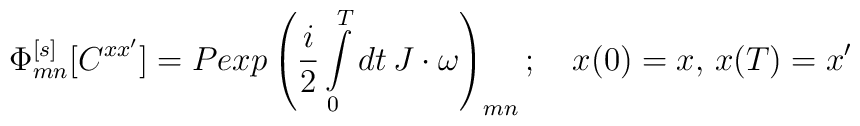
\Phi^{[s]}_{mn}[C^{xx'}]=Pexp\left({i\over 2}\int\limits_0^Tdt\,J\cdot\omega\right)_{mn};\quad x(0)=x,\,x(T)=x'